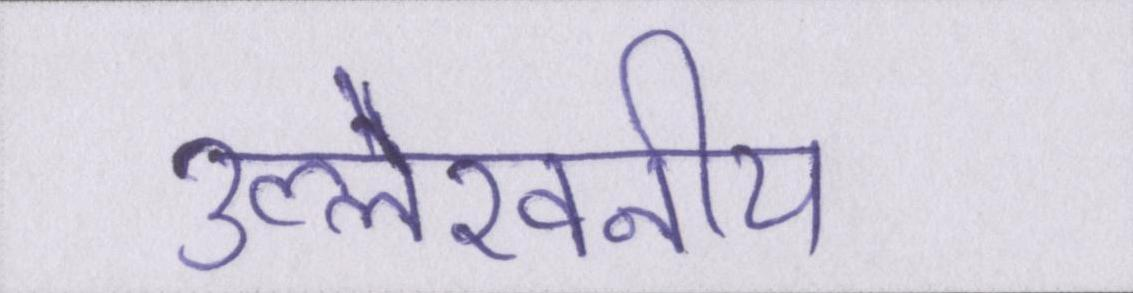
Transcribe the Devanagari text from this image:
उल्लेखनीय